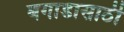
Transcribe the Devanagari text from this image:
बगाडासाठी